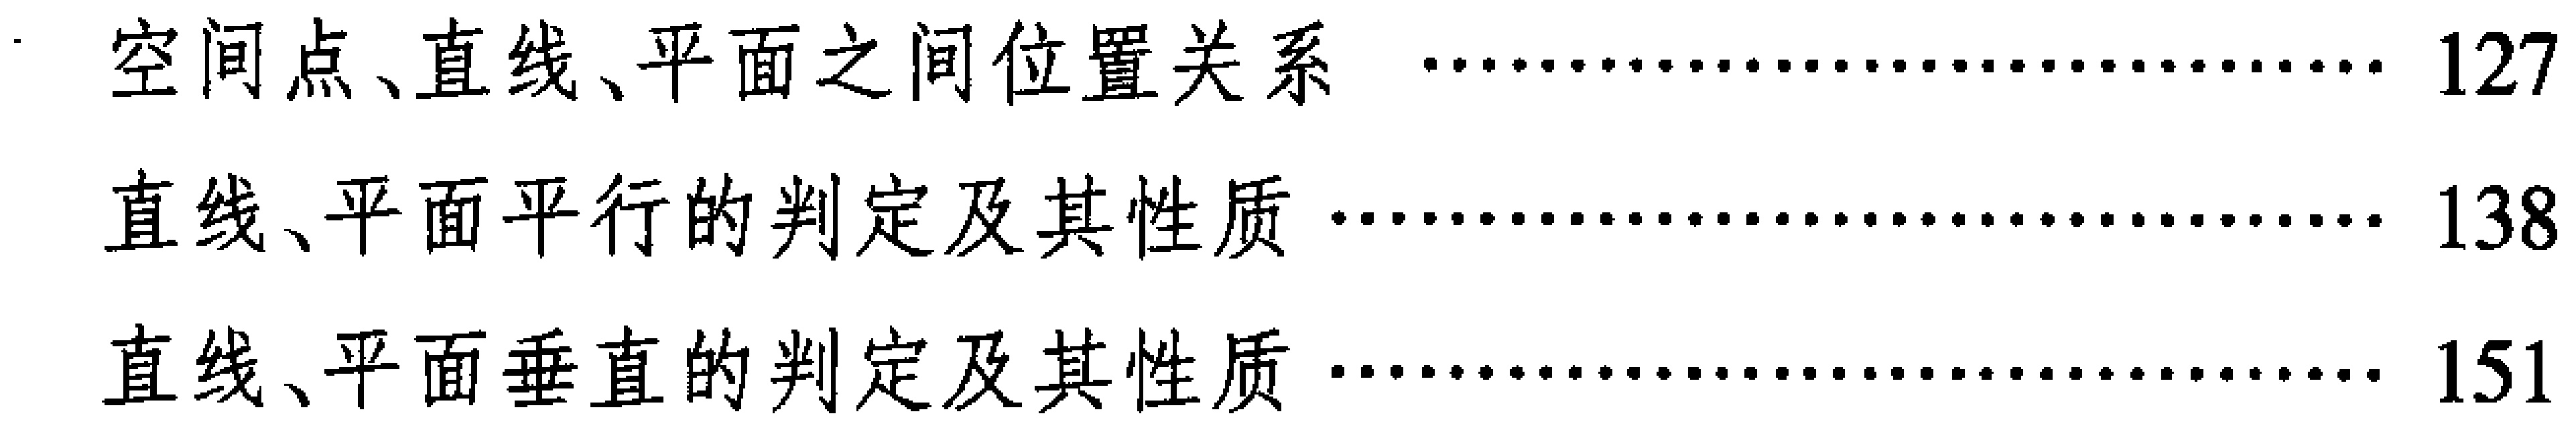
- 空间点、直线、平面之间位置关系 \dotfill 127
- 直线、平面平行的判定及其性质 \dotfill 138
- 直线、平面垂直的判定及其性质 \dotfill 151